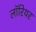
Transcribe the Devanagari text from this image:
लॉरियर